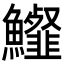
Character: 𩽍